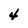
Character: 4